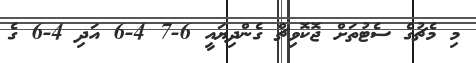
މި މެޗުގެ ސެޓުތަށް ޖޮކޮވިޗް ގެންދިޔައީ 6-7 4-6 އަދި 4-6 ގެ